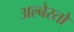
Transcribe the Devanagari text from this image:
अल्बेरतो